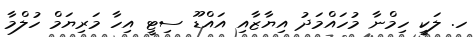
ހ. ލަކީ ހިމްނާ މުހައްމަދު އިޔާޒާއި އައްޑޫ ސިޓީ އިހާ މަރިޔަމް ހުލްމާ